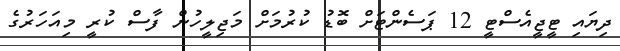
ދިޔައި ޓީޖީއެސްޓީ 12 ޕަސެންޓަށް ބޮޑު ކުރުމަށް މަޖިލީހުން ފާސް ކުރީ މިއަހަރުގެ